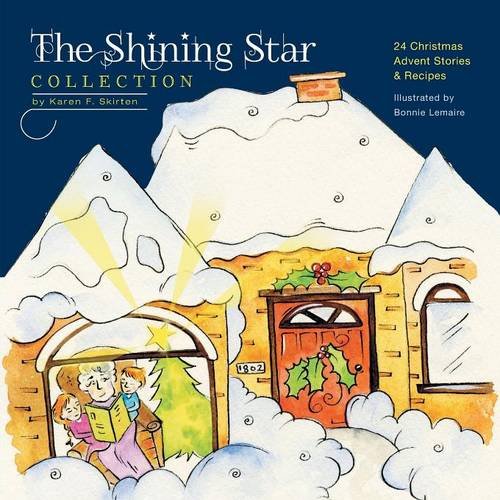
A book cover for The Shining Star Collection: 24 Christmas Advent Stories & Recipes; Karen F. Skirten; Cookbooks, Food & Wine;